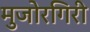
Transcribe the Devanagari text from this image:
मुजोरगिरी